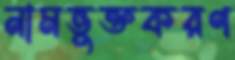
নামভুক্তকরণ